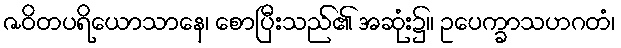
ဇဝိတပရိယောသာနေ၊ စောပြီးသည်၏ အဆုံး၌။ ဥပေက္ခာသဟဂတံ၊